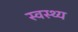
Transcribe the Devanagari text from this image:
स्‍वस्‍थ्‍य